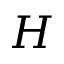
H